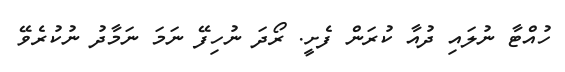
ހުއްޓާ ނުލައި ދުއާ ކުރަން ފެށީ. ރޯދަ ނުހިފޭ ނަމަ ނަމާދު ނުކުރެވޭ